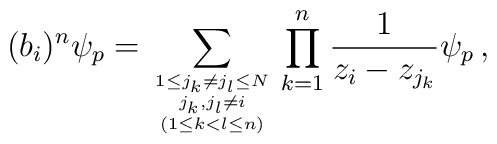
(b_i)^n\psi_p = \sum_{{{1\leq j_k\neq j_l\leq N \atop j_k,j_l\neq    i} \atop (1\leq k<l\leq n)}}    \prod_{k=1}^{n}\frac{1}{z_i - z_{j_k}}\psi_p\,,